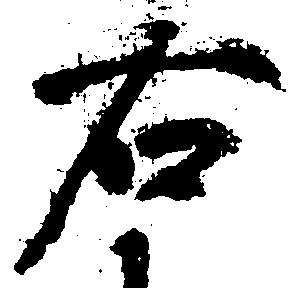
右